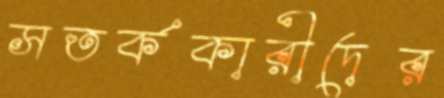
সতর্ককারীদের